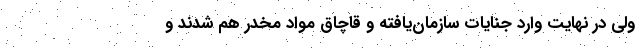
ولي در نهايت وارد جنايات سازمان‌يافته و قاچاق مواد مخدر هم شدند‌ و